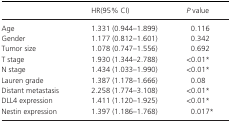
|  | HR(95% CI) | P value |
 | --- | --- | --- |
 | Age | 1.331 (0.944–1.899) | 0.116 |
 | Gender | 1.177 (0.812–1.601) | 0.342 |
 | Tumor size | 1.078 (0.747–1.556) | 0.692 |
 | T stage | 1.930 (1.344–2.788) | <0.01a |
 | N stage | 1.434 (1.033–1.990) | <0.01a |
 | Lauren grade | 1.387 (1.178–1.666) | 0.08 |
 | Distant metastasis | 2.258 (1.774–3.108) | <0.01a |
 | DLL4 expression | 1.411 (1.120–1.925) | <0.01a |
 | Nestin expression | 1.397 (1.186–1.768) | 0.017a |